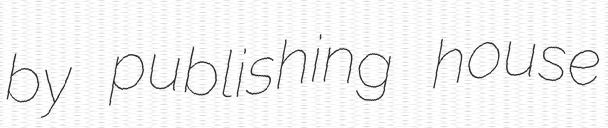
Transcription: by publishing house